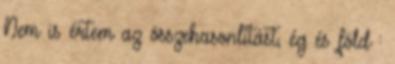
Nem is értem az összehasonlítást, ég és föld :